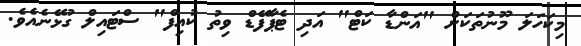
މިކަހަލަ މޫނުތަކަށް "އަންޑާ ކަޓް" އަދި ޓެޕާފޭޑް ވިތު ކުއިފް" ސްޓައިލް ގުޅޭނެއެވެ.